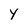
Character: Y